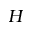
H